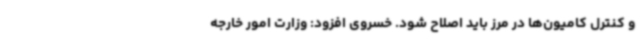
و کنترل کامیون‌ها در مرز باید اصلاح شود. خسروی افزود: وزارت امور خارجه